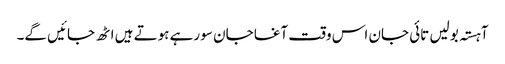
آہستہ بولیں تائی جان اس وقت آغا جان سو رہے ہوتے ہیں اٹھ جائیں گے۔